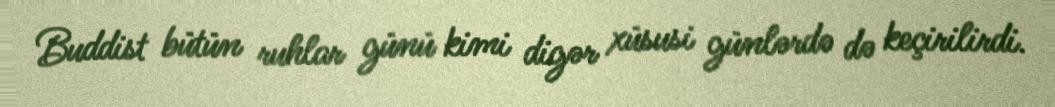
Buddist bütün ruhlar günü kimi digər xüsusi günlərdə də keçirilirdi.